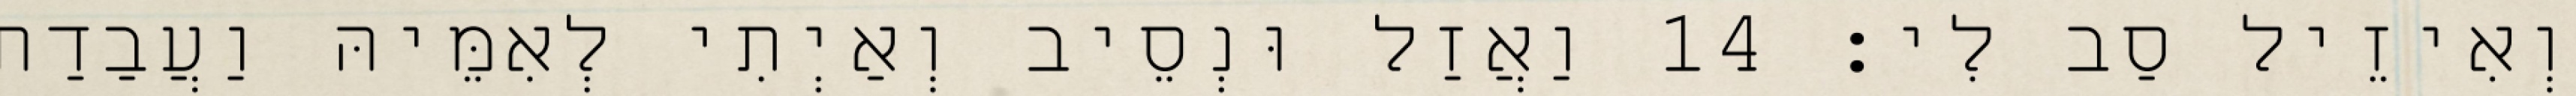
וְאִיזֵיל סַב לִי׃ 14 וַאֲזַל וּנְסֵיב וְאַיְתִי לְאִמֵּיהּ וַעֲבַדַת